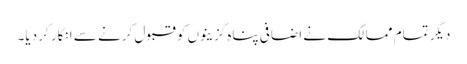
دیگر تمام ممالک نے اضافی پناہ گزینوں کو قبول کرنے سے انکار کر دیا۔